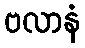
ဗလာနံ